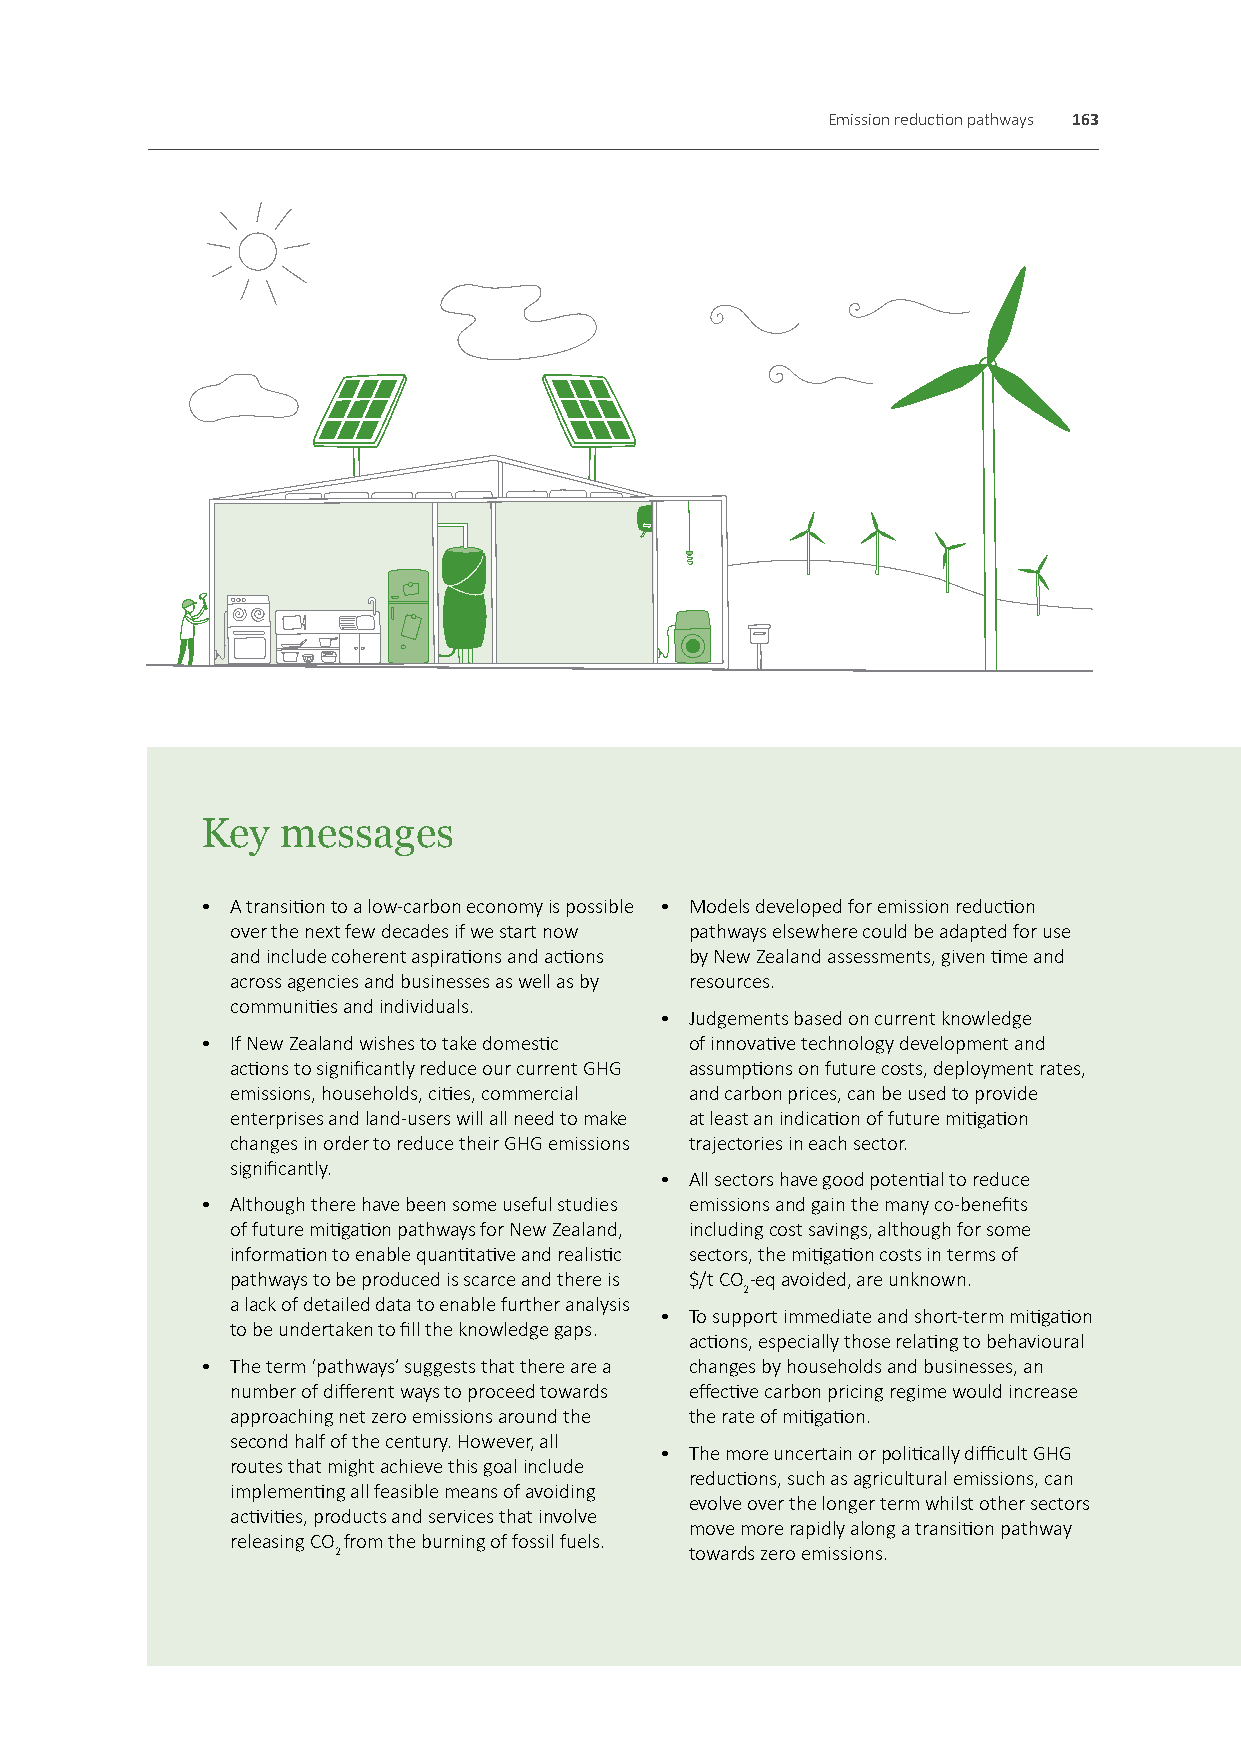
Emission reduction pathways 163
 Key   messages
 • A transition to a low-carbon economy is possible • Models developed for emission reduction
 over the next few decades if we start now pathways elsewhere could be adapted for use
 and include coherent aspirations and actions by New Zealand assessments, given time and
 across agencies and businesses as well as by resources.
 communities and individuals.
 • Judgements based on current knowledge
 • If New Zealand wishes to take domestic of innovative technology development and
 actions to significantly reduce our current GHG assumptions on future costs, deployment rates,
 emissions, households, cities, commercial and carbon prices, can be used to provide
 enterprises and land-users will all need to make at least an indication of future mitigation
 changes in order to reduce their GHG emissions trajectories in each sector.
 significantly.
 • All sectors have good potential to reduce
 • Although there have been some useful studies emissions and gain the many co-benefits
 of future mitigation pathways for New Zealand, including cost savings, although for some
 information to enable quantitative and realistic sectors, the mitigation costs in terms of
 pathways to be produced is scarce and there is $/t CO-eq avoided, are unknown.
 2
 a lack of detailed data to enable further analysis
 • To support immediate and short-term mitigation
 to be undertaken to fill the knowledge gaps.
 actions, especially those relating to behavioural
 • The term ‘pathways’ suggests that there are a changes by households and businesses, an
 number of different ways to proceed towards effective carbon pricing regime would increase
 approaching net zero emissions around the the rate of mitigation.
 second half of the century. However, all
 • The more uncertain or politically difficult GHG
 routes that might achieve this goal include
 reductions, such as agricultural emissions, can
 implementing all feasible means of avoiding
 evolve over the longer term whilst other sectors
 activities, products and services that involve
 move more rapidly along a transition pathway
 releasing CO from the burning of fossil fuels.
 2                       towards zero emissions.